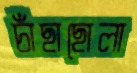
চাঁছাছোলা